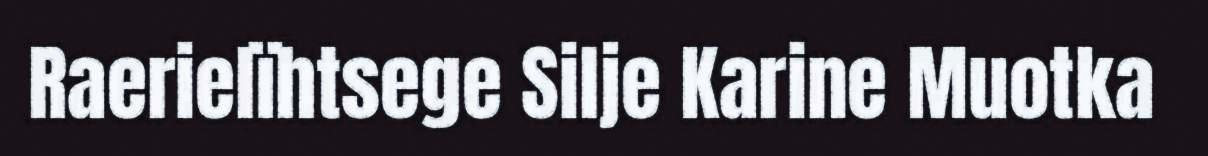
Raerielïhtsege Silje Karine Muotka